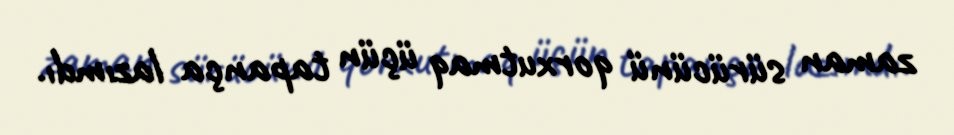
zaman sürücünü qorxutmaq üçün tapança lazımdı.